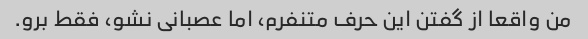
من واقعا از گفتن این حرف متنفرم، اما عصبانی نشو، فقط برو.